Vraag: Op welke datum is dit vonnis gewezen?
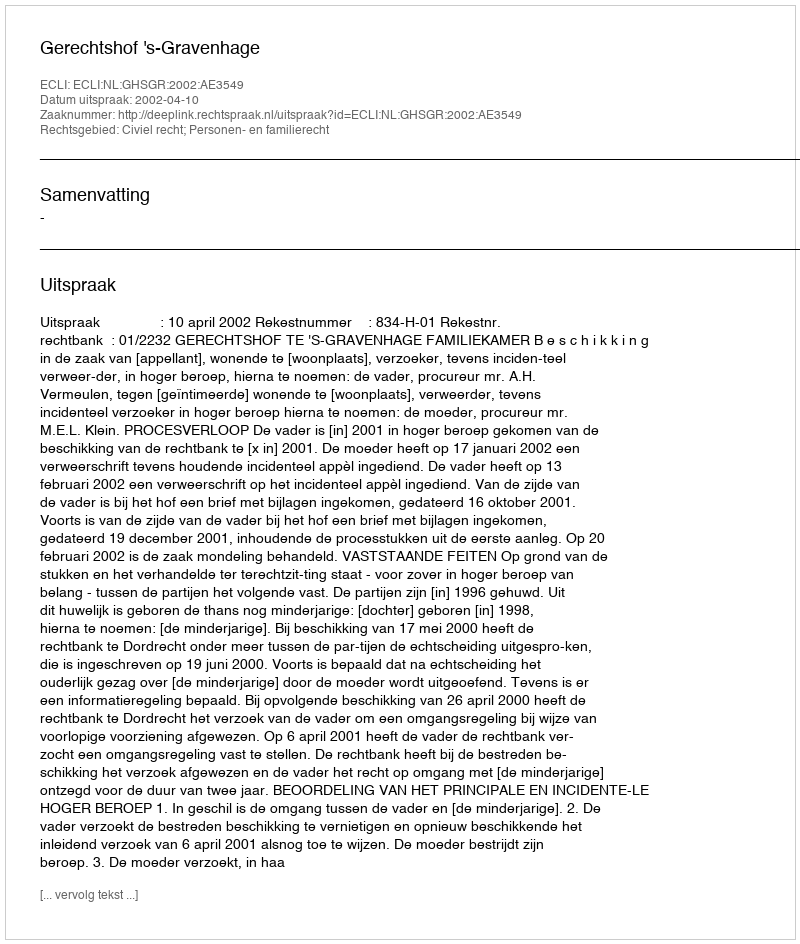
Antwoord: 2002-04-10